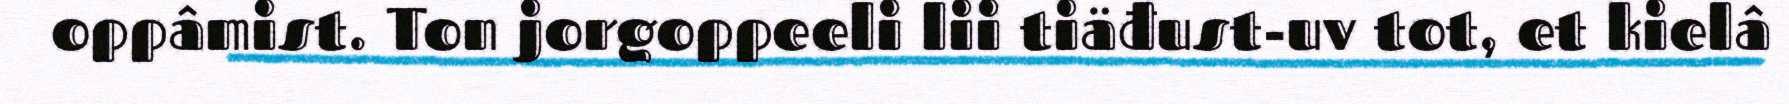
oppâmist. Ton jorgoppeeli lii tiäđust-uv tot, et kielâ